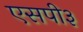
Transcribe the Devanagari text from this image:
एसपी३